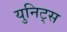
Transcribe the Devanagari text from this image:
युनिट्स